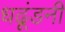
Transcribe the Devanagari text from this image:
धढूंडनी